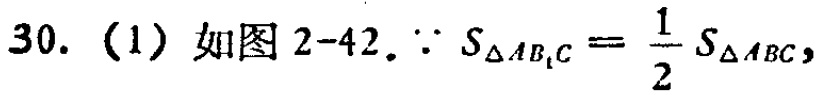
30.（1）如图2-42.$\because S_{\triangle AB_{1}C}=\frac{1}{2}S_{\triangle ABC}$,